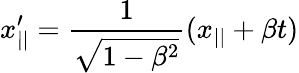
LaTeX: x_{||}^{\prime}=\frac{1}{\sqrt{1-\beta^{2}}}(x_{||}+\beta t)